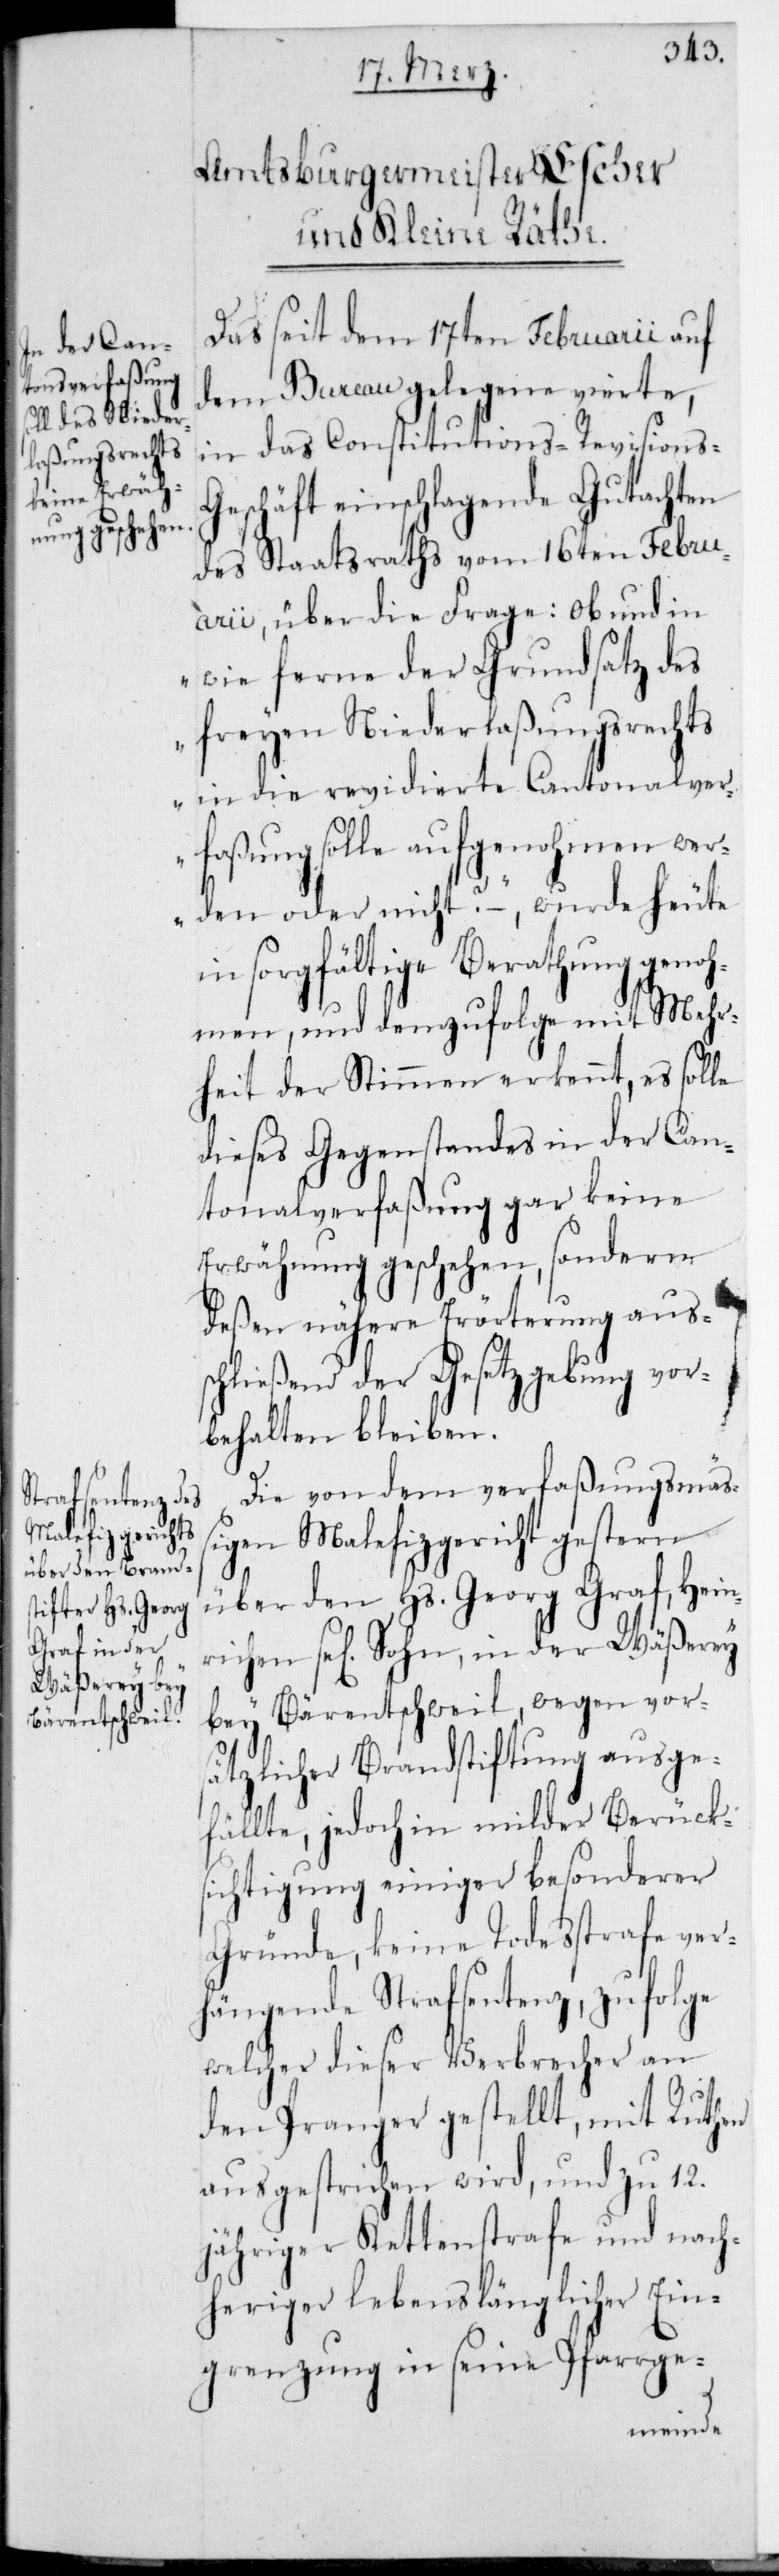
Das seit dem 17ten Februarii auf
dem Bureau gelegene vierte,
in das Constitutions-Revisions-G¬
eschäft einschlagende Gutachten
des Staatsraths vom 16ten Febru¬
arii, über die Frage: Ob und in
wie ferne der Grundsatz des
freien Niederlaßungsrechts
in die revidierte Cantonalver¬
faßung solle aufgenohmen wer¬
den oder nicht? – wurde heute
in sorgfältige Berathung genoh¬
men, und demzufolge mit Mehr¬
heit der Stimmen erkennt, es solle
dieses Gegenstandes in der Can¬
tonalverfaßung gar keine
Erwähnung geschehen, sondern
deßen nähere Erörterung aus¬
schließend der Gesetzgebung vor¬
behalten bleiben.
Die von dem verfaßungsmäß¬
igen Malefizgericht gestern
über den Hs. Georg Graf, Hein¬
richen se[lig] Sohn, in der Wäßerey
bey Bärentschweil, wegen vors¬
ätzlicher Brandstiftung ausge¬
fällte, jedoch in milder Berücks¬
ichtigung einiger besonderer
Gründe, keine Todeßtrafe ver¬
hängende Strafsentenz, zufolge
welcher dieser Verbrecher an
den Pranger gestellt, mit Ruten
ausgestrichen wird, und zu 12.
jähriger Kettenstrafe und nach¬
heriger lebenslänglicher Ein¬
grenzug in seine Pfarrge-